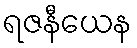
ရဇနီယေန